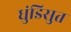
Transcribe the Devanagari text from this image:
धुंडिसुत